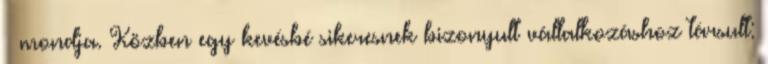
– mondja. Közben egy kevésbé sikeresnek bizonyult vállalkozáshoz társult: